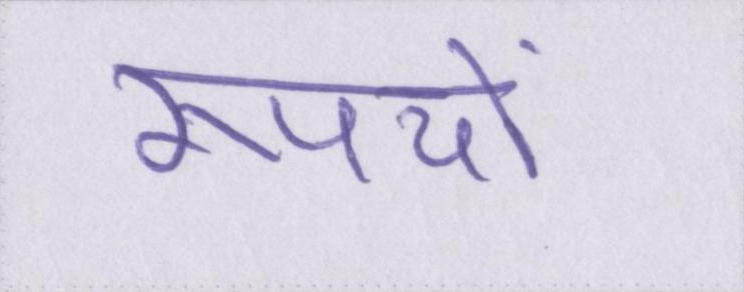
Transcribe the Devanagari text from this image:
रूपयों